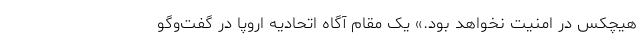
هیچکس در امنیت نخواهد بود.» یک مقام آگاه اتحادیه اروپا در گفت‌وگو